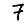
Digit: 7